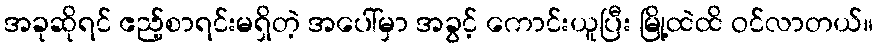
အခုဆိုရင် ဧည့်စာရင်းမရှိတဲ့ အပေါ်မှာ အခွင့် ကောင်းယူပြီး မြို့ထဲထိ ဝင်လာတယ်။